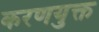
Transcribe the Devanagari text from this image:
करणयुक्त